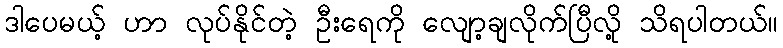
ဒါပေမယ့် ဟာ လုပ်နိုင်တဲ့ ဦးရေကို လျော့ချလိုက်ပြီလို့ သိရပါတယ်။